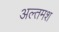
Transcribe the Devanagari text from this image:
अल्‍तमश